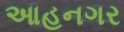
આહનગર